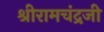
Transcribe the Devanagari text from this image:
श्रीरामचंद्रजी